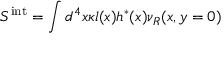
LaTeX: S ^ { \mathrm { i n t } } = \int d ^ { 4 } x \kappa l ( x ) h ^ { * } ( x ) \nu _ { R } ( x , y = 0 )